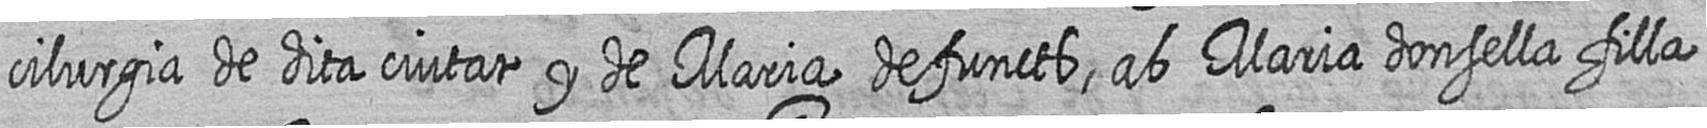
cilurgia de dita ciutat y de Maria defuncts ab Maria donsella filla